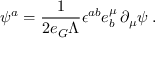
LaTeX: \psi ^ { a } = \frac { 1 } { 2 e _ { G } \Lambda } \epsilon ^ { a b } e _ { b } ^ { \mu } \, \partial _ { \mu } \psi \; .